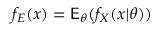
f _ { E } ( x ) = \mathsf E _ { \theta } ( f _ { X } ( x | \theta ) )